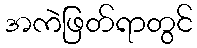
အကဲဖြတ်ရာတွင်